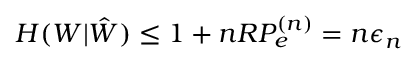
H ( W | { \hat { W } } ) \leq 1 + n R P _ { e } ^ { ( n ) } = n \epsilon _ { n }